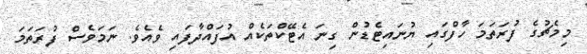
މިމެޗުގެ ފުރަތަމަ ހާފްގައި ޔުނައިޓެޑުން ގިނަ އެޓޭކްތަކެއް އުފައްދާފައި ވެއެވެ. ނަމަވެސް ފުރަތަމަ